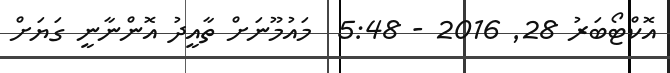
އޮކްޓޯބަރު 28